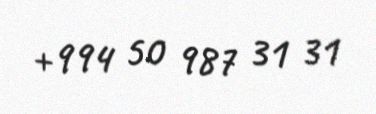
+994 50 987 31 31